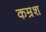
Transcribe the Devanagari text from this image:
कम्रश